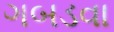
ગબડવા